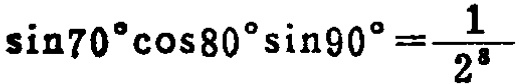
\(\sin70^{\circ}\cos80^{\circ}\sin90^{\circ}=\frac{1}{2^{8}}\)